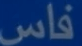
فاس